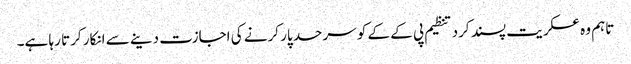
تاہم وہ عسکریت پسند کرد تنظیم پی کے کے کو سرحد پار کرنے کی اجازت دینے سے انکار کرتا رہا ہے۔